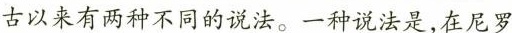
古以来有两种不同的说法。一种说法是，在尼罗